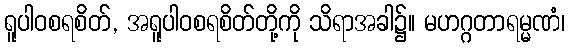
ရူပါဝစရစိတ်, အရူပါဝစရစိတ်တို့ကို သိရာအခါ၌။ မဟဂ္ဂတာရမ္မဏံ၊